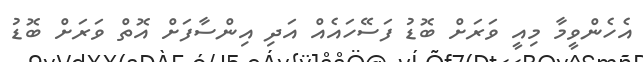
އެހެންވީމާ މިއީ ވަރަށް ބޮޑު ފަސޭހައެއް އަދި އިންސާފަށް އޮތް ވަރަށް ބޮޑު